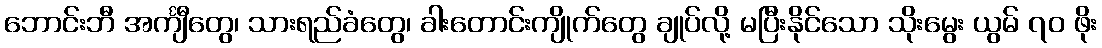
ဘောင်းဘီ အင်္ကျီတွေ၊ သားရည်ခံတွေ၊ ခါးတောင်းကျိုက်တွေ ချုပ်လို့ မပြီးနိုင်သော သိုးမွေး ယွမ် ၇၀ ဖိုး